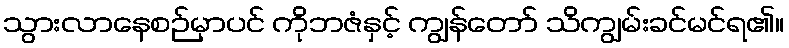
သွားလာနေစဉ်မှာပင် ကိုဘဇံနှင့် ကျွန်တော် သိကျွမ်းခင်မင်ရ၏။